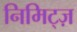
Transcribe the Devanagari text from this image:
निमिट्ज़